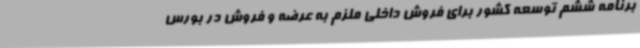
برنامه ششم توسعه کشور برای فروش داخلی ملزم به عرضه و فروش در بورس